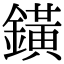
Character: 鐄